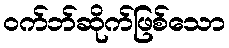
ဝက်ဘ်ဆိုက်ဖြစ်သော